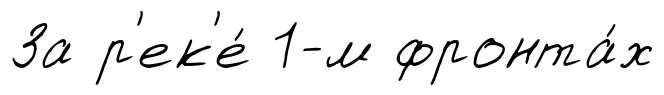
За р'ек'е́ 1-м фронта́х